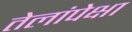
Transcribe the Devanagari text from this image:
तेलांपेक्षा